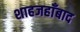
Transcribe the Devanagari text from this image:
शाहजहाँबाद